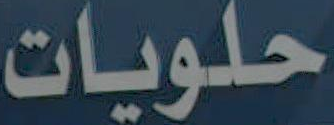
حلويات